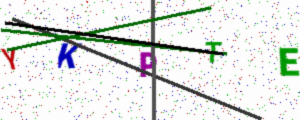
Text: YKPTE